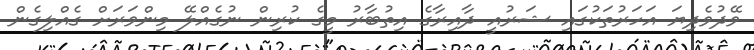
ވޭދުވެދިޔަ އަހަރުތަކުގައި ޝަރުއީ ދާއިރާގެ އިތުބާރު މީގެ ކުރިން ނުގެއްލޭ މިންވަރަށް ގެއްލިގެން